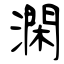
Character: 澖